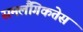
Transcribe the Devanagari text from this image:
समलैंगिकतेस